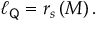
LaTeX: \ell _ { { \sf Q } } = r _ { s } \left( M \right) .